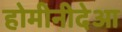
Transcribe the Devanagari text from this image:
होमीनीदेआ